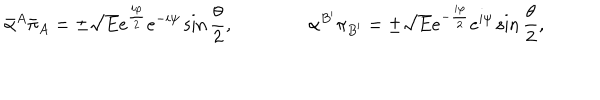
LaTeX: { \bar { \alpha } } ^ { A } { \bar { \pi } } _ { A } = \pm { \sqrt E } e ^ { { \frac { i \varphi } { 2 } } } e ^ { - i \psi } \sin { \frac { \theta } { 2 } } , \qquad \qquad \alpha ^ { B ^ { \prime } } \pi _ { B ^ { \prime } } = \pm { \sqrt E } e ^ { - { \frac { i \varphi } { 2 } } } e ^ { i \psi } \sin { \frac { \theta } { 2 } } ,